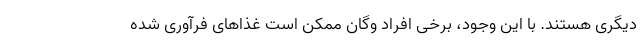
دیگری هستند. با این وجود، برخی افراد وگان ممکن است غذاهای فرآوری شده